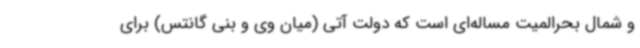
و شمال بحرالمیت مساله‌ای است که دولت آتی (میان وی و بنی گانتس) برای